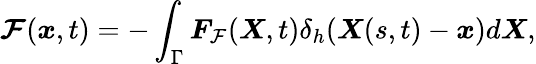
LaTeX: \boldsymbol{\mathcal{F}}(\boldsymbol{x},t)=-\int_{\Gamma}\boldsymbol{F}_{\mathcal{F}}(\boldsymbol{X},t)\delta_{h}(\boldsymbol{X}(s,t)-\boldsymbol{x})d\boldsymbol{X},